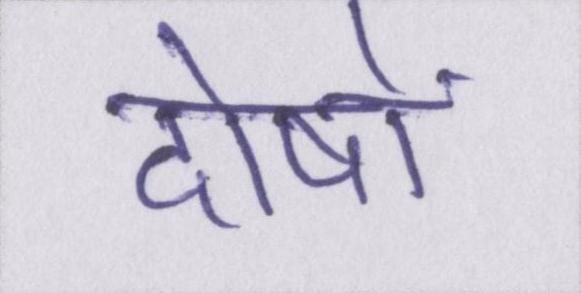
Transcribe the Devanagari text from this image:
दोषों